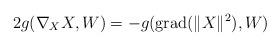
LaTeX: \begin{align*}2g(\nabla_{X}X,W)=-g(\operatorname{grad}(\|X\|^{2}),W)\end{align*}